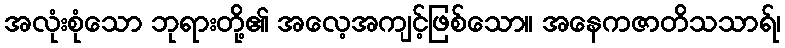
အလုံးစုံသော ဘုရားတို့၏ အလေ့အကျင့်ဖြစ်သော။ အနေကဇာတိသသာရ်၊